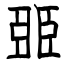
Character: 臦